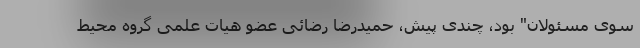
سوی مسئولان" بود، چندی پیش، حمیدرضا رضائی عضو هیات علمی گروه محیط